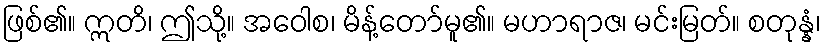
ဖြစ်၏။ ဣတိ၊ ဤသို့။ အဝေါစ၊ မိန့်တော်မူ၏။ မဟာရာဇ၊ မင်းမြတ်။ စတုန္နံ၊